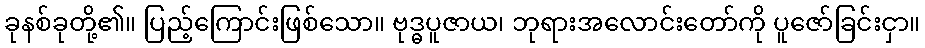
ခုနစ်ခုတို့၏။ ပြည့်ကြောင်းဖြစ်သော။ ဗုဒ္ဓပူဇာယ၊ ဘုရားအလောင်းတော်ကို ပူဇော်ခြင်းငှာ။